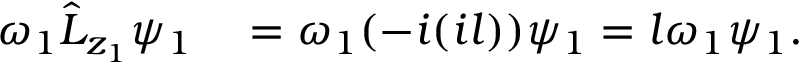
\begin{array} { r l } { \omega _ { 1 } \hat { L } _ { z _ { 1 } } \psi _ { 1 } } & { { } = \omega _ { 1 } ( - i ( i l ) ) \psi _ { 1 } = l \omega _ { 1 } \psi _ { 1 } . } \end{array}